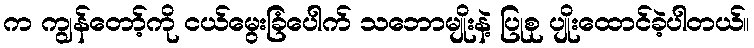
က ကျွန်တော့်ကို ငယ်မွေးခြံပေါက် သဘောမျိုးနဲ့ ပြုစု ပျိုးထောင်ခဲ့ပါတယ်။